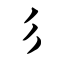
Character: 彡